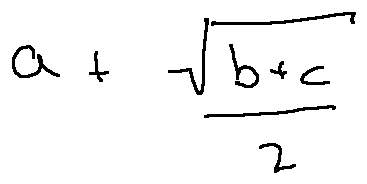
a + \frac { \sqrt { b + c } } { 2 }